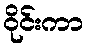
ဝိုင်းကာ